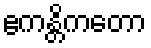
ဧကန္တိကတော